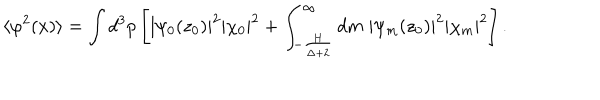
\langle \varphi ^ { 2 } ( x ) \rangle = \int d ^ { 3 } p \left[ | \psi _ { 0 } ( z _ { 0 } ) | ^ { 2 } | \chi _ { 0 } | ^ { 2 } + \int _ { - \frac { H } { \Delta + 2 } } ^ { \infty } d m \; | \psi _ { m } ( z _ { 0 } ) | ^ { 2 } | \chi _ { m } | ^ { 2 } \right] .